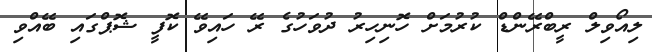
ލިއޯވިލް ރީބްރޭންޑް ކުރުމަށް ހޮނިހިރު ދުވަހުގެ ރޭ ހައިވޭ ކޮފީ ޝޮޕްގައި ބޭއްވި